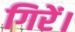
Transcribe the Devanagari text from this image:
गिरें।